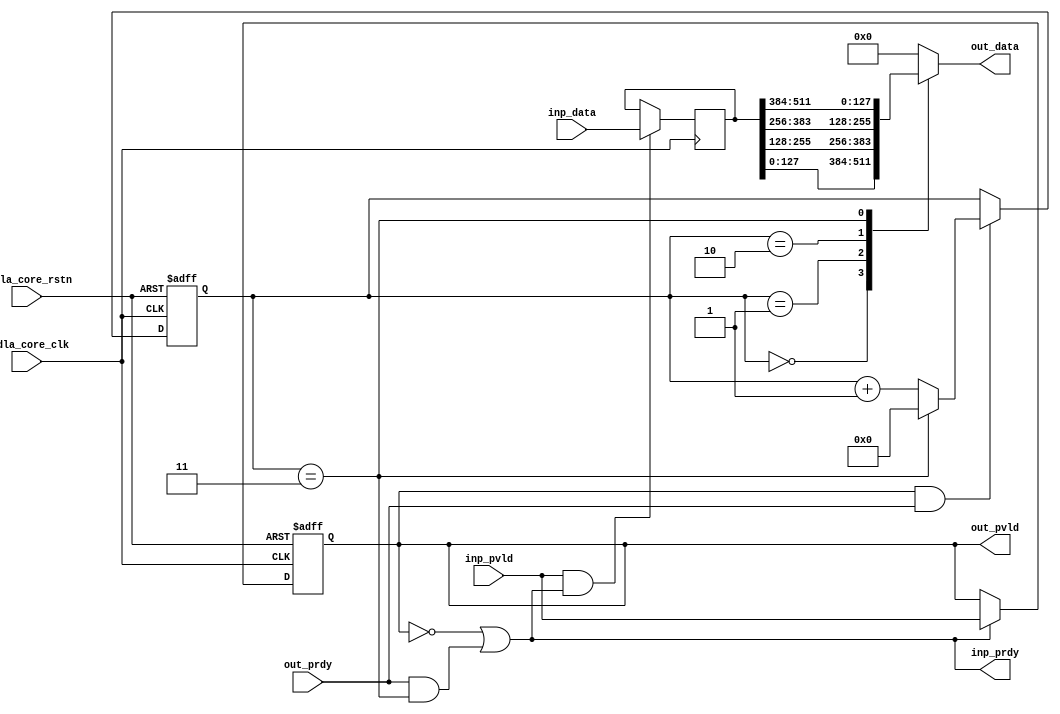
module NV_NVDLA_SDP_CORE_pack (
   nvdla_core_clk
  ,nvdla_core_rstn
  ,inp_pvld
  ,inp_data
  ,inp_prdy
  ,out_pvld
  ,out_data
  ,out_prdy
);
parameter IW = 512;
parameter OW = 128;
parameter RATIO = IW/OW;
input nvdla_core_clk;
input nvdla_core_rstn;
input inp_pvld;
output inp_prdy;
input [IW-1:0] inp_data;
output out_pvld;
input out_prdy;
output [OW-1:0] out_data;
reg [IW-1:0] pack_data;
reg pack_pvld;
wire pack_prdy;
wire inp_acc;
wire out_acc;
wire is_pack_last;
reg [OW-1:0] mux_data;
assign out_data = mux_data;
assign pack_prdy = out_prdy;
assign out_pvld = pack_pvld;
assign inp_prdy = (!pack_pvld) | (pack_prdy & is_pack_last);
always @(posedge nvdla_core_clk or negedge nvdla_core_rstn) begin
  if (!nvdla_core_rstn)
    pack_pvld <= 1'b0;
  else if (inp_prdy)
    pack_pvld <= inp_pvld;
end
assign inp_acc = inp_pvld & inp_prdy;
assign out_acc = out_pvld & out_prdy;
always @(posedge nvdla_core_clk) begin
  if (inp_acc)
    pack_data <= inp_data;
end
wire [OW*16-1:0] pack_data_ext = {{(OW*16-IW){1'b0}},pack_data};
reg [3:0] pack_cnt;
always @(posedge nvdla_core_clk or negedge nvdla_core_rstn) begin
  if (!nvdla_core_rstn)
    pack_cnt <= 4'h0;
  else if (out_acc) begin
    if (is_pack_last)
        pack_cnt <= 4'h0;
    else
        pack_cnt <= pack_cnt + 1;
  end
end
assign is_pack_last = (pack_cnt==RATIO-1);
wire [OW-1:0] pack_seg0 = pack_data_ext[((OW*0) + OW - 1):OW*0];
wire [OW-1:0] pack_seg1 = pack_data_ext[((OW*1) + OW - 1):OW*1];
wire [OW-1:0] pack_seg2 = pack_data_ext[((OW*2) + OW - 1):OW*2];
wire [OW-1:0] pack_seg3 = pack_data_ext[((OW*3) + OW - 1):OW*3];
wire [OW-1:0] pack_seg4 = pack_data_ext[((OW*4) + OW - 1):OW*4];
wire [OW-1:0] pack_seg5 = pack_data_ext[((OW*5) + OW - 1):OW*5];
wire [OW-1:0] pack_seg6 = pack_data_ext[((OW*6) + OW - 1):OW*6];
wire [OW-1:0] pack_seg7 = pack_data_ext[((OW*7) + OW - 1):OW*7];
wire [OW-1:0] pack_seg8 = pack_data_ext[((OW*8) + OW - 1):OW*8];
wire [OW-1:0] pack_seg9 = pack_data_ext[((OW*9) + OW - 1):OW*9];
wire [OW-1:0] pack_seg10 = pack_data_ext[((OW*10) + OW - 1):OW*10];
wire [OW-1:0] pack_seg11 = pack_data_ext[((OW*11) + OW - 1):OW*11];
wire [OW-1:0] pack_seg12 = pack_data_ext[((OW*12) + OW - 1):OW*12];
wire [OW-1:0] pack_seg13 = pack_data_ext[((OW*13) + OW - 1):OW*13];
wire [OW-1:0] pack_seg14 = pack_data_ext[((OW*14) + OW - 1):OW*14];
wire [OW-1:0] pack_seg15 = pack_data_ext[((OW*15) + OW - 1):OW*15];
generate
if(RATIO == 1) begin : RATIO1
always @( pack_seg0) begin
     mux_data = pack_seg0;
end
end
else if(RATIO == 2) begin : RATIO2
always @(
  pack_cnt
  or pack_seg0
  or pack_seg1
  ) begin
    case (pack_cnt)
     0: mux_data = pack_seg0;
     1: mux_data = pack_seg1;
    default : mux_data = {OW{1'b0}};
    endcase
end
end
else if(RATIO == 4) begin : RATIO4
always @(
  pack_cnt
  or pack_seg0
  or pack_seg1
  or pack_seg2
  or pack_seg3
  ) begin
    case (pack_cnt)
     0: mux_data = pack_seg0;
     1: mux_data = pack_seg1;
     2: mux_data = pack_seg2;
     3: mux_data = pack_seg3;
    default : mux_data = {OW{1'b0}};
    endcase
end
end
else if (RATIO == 8) begin : RATIO8
always @(
  pack_cnt
  or pack_seg0
  or pack_seg1
  or pack_seg2
  or pack_seg3
  or pack_seg4
  or pack_seg5
  or pack_seg6
  or pack_seg7
  ) begin
    case (pack_cnt)
     0: mux_data = pack_seg0;
     1: mux_data = pack_seg1;
     2: mux_data = pack_seg2;
     3: mux_data = pack_seg3;
     4: mux_data = pack_seg4;
     5: mux_data = pack_seg5;
     6: mux_data = pack_seg6;
     7: mux_data = pack_seg7;
    default : mux_data = {OW{1'b0}};
    endcase
end
end
else if (RATIO == 16) begin : RATIO16
always @(
  pack_cnt
  or pack_seg0
  or pack_seg1
  or pack_seg2
  or pack_seg3
  or pack_seg4
  or pack_seg5
  or pack_seg6
  or pack_seg7
  or pack_seg8
  or pack_seg9
  or pack_seg10
  or pack_seg11
  or pack_seg12
  or pack_seg13
  or pack_seg14
  or pack_seg15
  ) begin
    case (pack_cnt)
     0: mux_data = pack_seg0;
     1: mux_data = pack_seg1;
     2: mux_data = pack_seg2;
     3: mux_data = pack_seg3;
     4: mux_data = pack_seg4;
     5: mux_data = pack_seg5;
     6: mux_data = pack_seg6;
     7: mux_data = pack_seg7;
     8: mux_data = pack_seg8;
     9: mux_data = pack_seg9;
     10: mux_data = pack_seg10;
     11: mux_data = pack_seg11;
     12: mux_data = pack_seg12;
     13: mux_data = pack_seg13;
     14: mux_data = pack_seg14;
     15: mux_data = pack_seg15;
    default : mux_data = {OW{1'b0}};
    endcase
end
end
endgenerate
endmodule